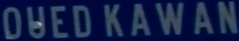
OÜEDKAWAN